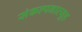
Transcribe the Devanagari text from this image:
संकल्पनाव्यूह